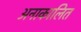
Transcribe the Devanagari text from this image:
अनाकालित